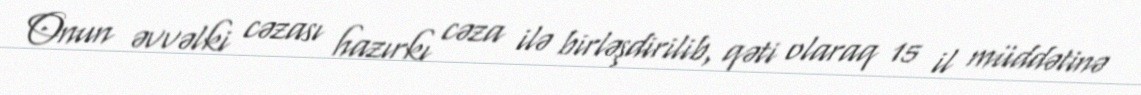
Onun əvvəlki cəzası hazırkı cəza ilə birləşdirilib, qəti olaraq 15 il müddətinə